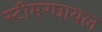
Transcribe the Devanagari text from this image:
स्टीमरघायल